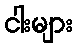
ငါးများ